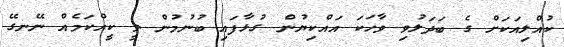
ކުއްލިއަކަށް ގެ ބަދަލުވި ވާހަކަ އައްކިޔުން ގުޅާފައި ބުނުމުން ވީ ކީއްކަމެއް ނޭނގޭ